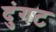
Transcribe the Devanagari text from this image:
दुंगट